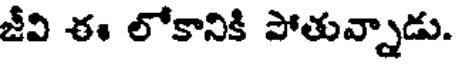
జీవి ఈ లోకానికి పోతున్నాడు.